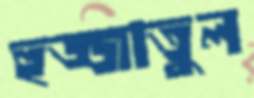
হুজ্জাতুল